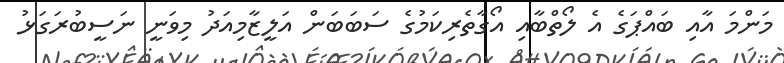
މަންމަ އާއި ބައްޕަގެ އެ ލޯތްބާއި އޯގާތެރިކަމުގެ ސަބަބަން އަލީޒާމިއަދު މިވަނީ ނަސީބުރަގަޅު